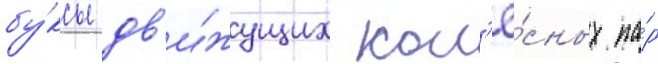
бу́ксы дв'и́жущих кол'ё́сных па́р